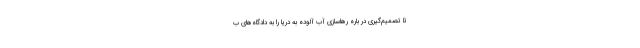
تا تصمیم‌گیری در باره رهاسازی آب آلوده به دریا را به دادگاه‌های ب